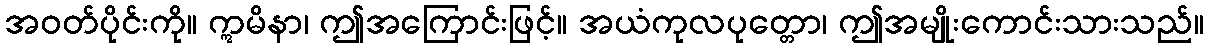
အဝတ်ပိုင်းကို။ ဣမိနာ၊ ဤအကြောင်းဖြင့်။ အယံကုလပုတ္တော၊ ဤအမျိုးကောင်းသားသည်။